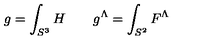
g = \int _ { S ^ { 3 } } H \quad \quad g ^ { \Lambda } = \int _ { S ^ { 2 } } F ^ { \Lambda }